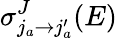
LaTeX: \sigma_{j_{a}\rightarrow j_{a}^{\prime}}^{J}(E)